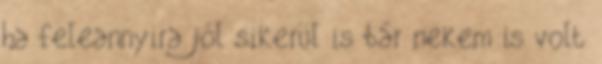
ha feleannyira jól sikerül is bár nekem is volt